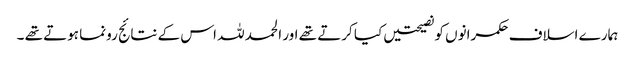
ہمارے اسلاف حکمرانوں کو نصیحتیں کیا کرتے تھے اور الحمد للہ اس کے نتائج رونما ہوتے تھے ۔